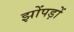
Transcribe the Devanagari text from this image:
झोंपड़ों